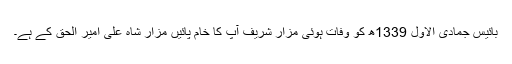
بائیس جمادی الاول 1339ھ کو وفات ہوئی مزار شریف آپ کا خام پائیں مزار شاہ علی امیر الحق کے ہے۔